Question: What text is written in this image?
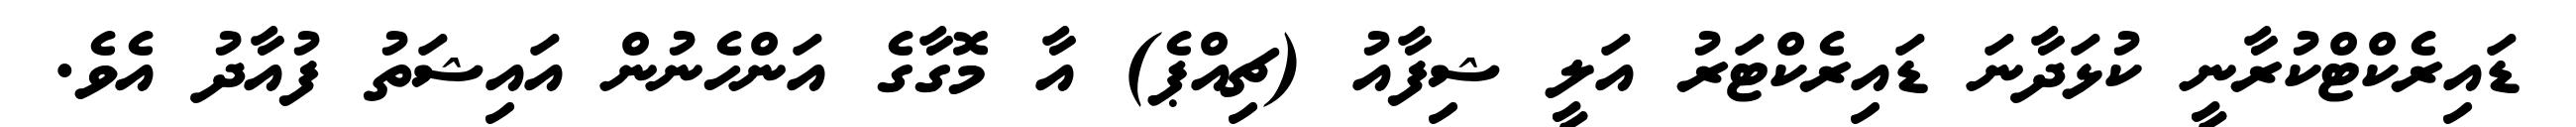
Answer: ޑައިރެކްޓްކުރާނީ ކުޅަދާނަ ޑައިރެކްޓަރު އަލީ ޝިފާއު (ޗިއްޕެ) އާ މޮގާގެ އަންހެނުން އައިޝަތު ފުއާދު އެވެ.